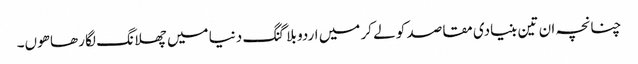
چنانچہ ان تین بنیادی مقاصد کو لے کر میں اردو بلاگنگ دنیا میں چھلانگ لگا رھا ھوں۔